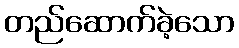
တည်ဆောက်ခဲ့သော